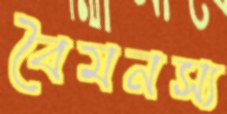
বৈমনস্য